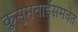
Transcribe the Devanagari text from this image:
कुसुमताईंसमवेत